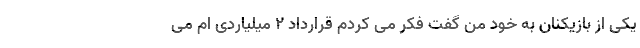
یکی از بازیکنان به خود من گفت فکر می کردم قرارداد 2 میلیاردی ام می